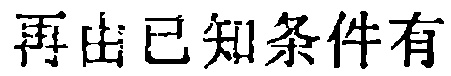
再由已知条件有